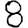
Digit: 8